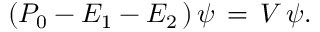
( P _ { 0 } - E _ { 1 } - E _ { 2 } \, ) \, \psi \, = \, V \, \psi .